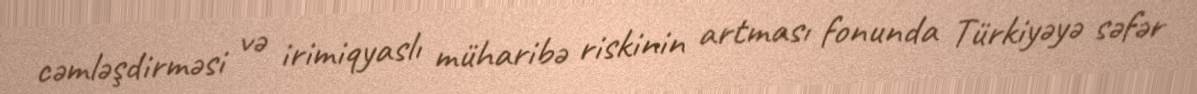
cəmləşdirməsi və irimiqyaslı müharibə riskinin artması fonunda Türkiyəyə səfər